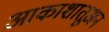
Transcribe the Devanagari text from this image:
आकाशातूअन